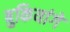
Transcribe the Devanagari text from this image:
बुकियांगे